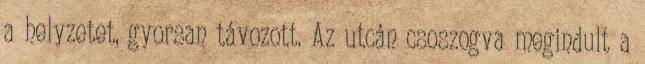
a helyzetet, gyorsan távozott. Az utcán csoszogva megindult a